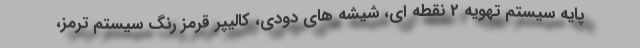
پایه سیستم تهویه 2 نقطه ای، شیشه های دودی، کالیپر قرمز رنگ سیستم ترمز،